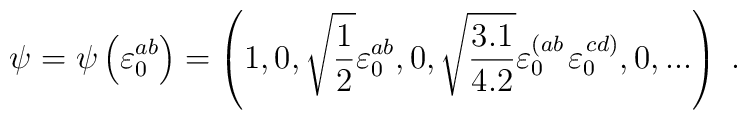
\psi=\psi\left(\varepsilon^{ab}_0\right)=\left(1,0,\sqrt{{1\over2}}\varepsilon^{ab}_0,0,\sqrt{{3.1\over4.2}}\varepsilon^{\left(ab\right.}_0  \varepsilon^{\left.cd\right)}_0,0,...\right)\;.